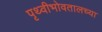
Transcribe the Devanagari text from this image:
पृथ्वीभोवतालच्या